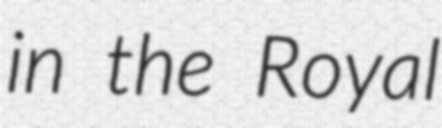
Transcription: in the Royal